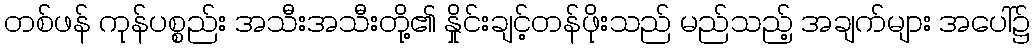
တစ်ဖန် ကုန်ပစ္စည်း အသီးအသီးတို့၏ နှိုင်းချင့်တန်ဖိုးသည် မည်သည့် အချက်များ အပေါ်၌